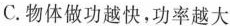
C.物体做功越快，功率越大